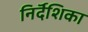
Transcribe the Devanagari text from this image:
निर्दॆशिका